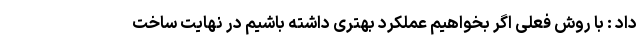
داد : با روش فعلی اگر بخواهیم عملکرد بهتری داشته باشیم در نهایت ساخت